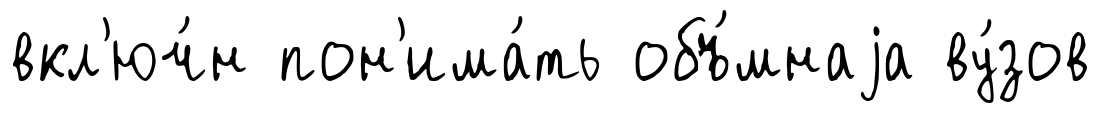
вкл'юч́н пон'има́ть объ́мнаjа ву́зов